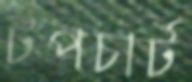
টপচার্ট